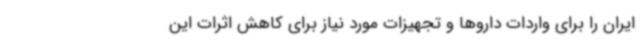
ایران را برای واردات داروها و تجهیزات مورد نیاز برای کاهش اثرات این